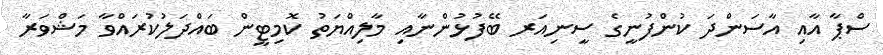
ސްޕާ އާއި އާސަންދަ ކުންފުނީގެ ސީނިއަރ ބޭފުޅުންނާއި މާލިއްޔަތު ކޮމިޓީން ބައްދަލުކުރައްވާ މަޝްވަރާ